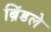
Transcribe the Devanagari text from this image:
ब्रिंडले